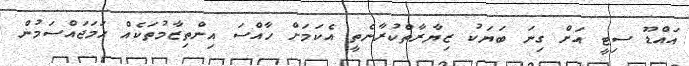
އައްޑޫ ސިޓީ އަށް ގިނަ ބަޔަކު ޒިޔާރާތްކުރާނެތީ އެކަމަށް ހާއްސަ އިންތިޒާމުތަކެއް ހަމަޖައްސަމުން